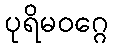
ပုရိမဝဂ္ဂေ